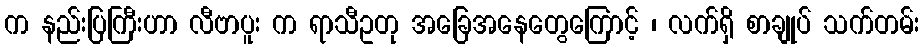
က နည်းပြကြီးဟာ လီဗာပူး က ရာသီဥတု အခြေအနေတွေကြောင့် ၊ လက်ရှိ စာချုပ် သက်တမ်း